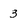
Character: 3